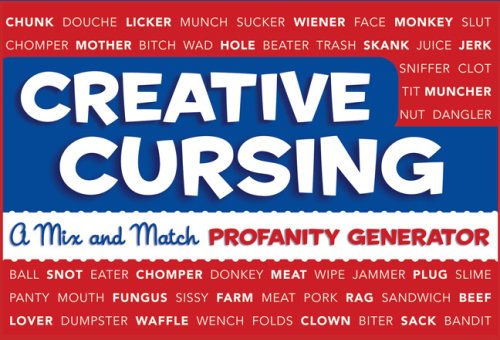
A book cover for Creative Cursing: A Mix 'n' Match Profanity Generator; Sarah Royal; Humor & Entertainment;